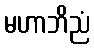
မဟာဘိညံ